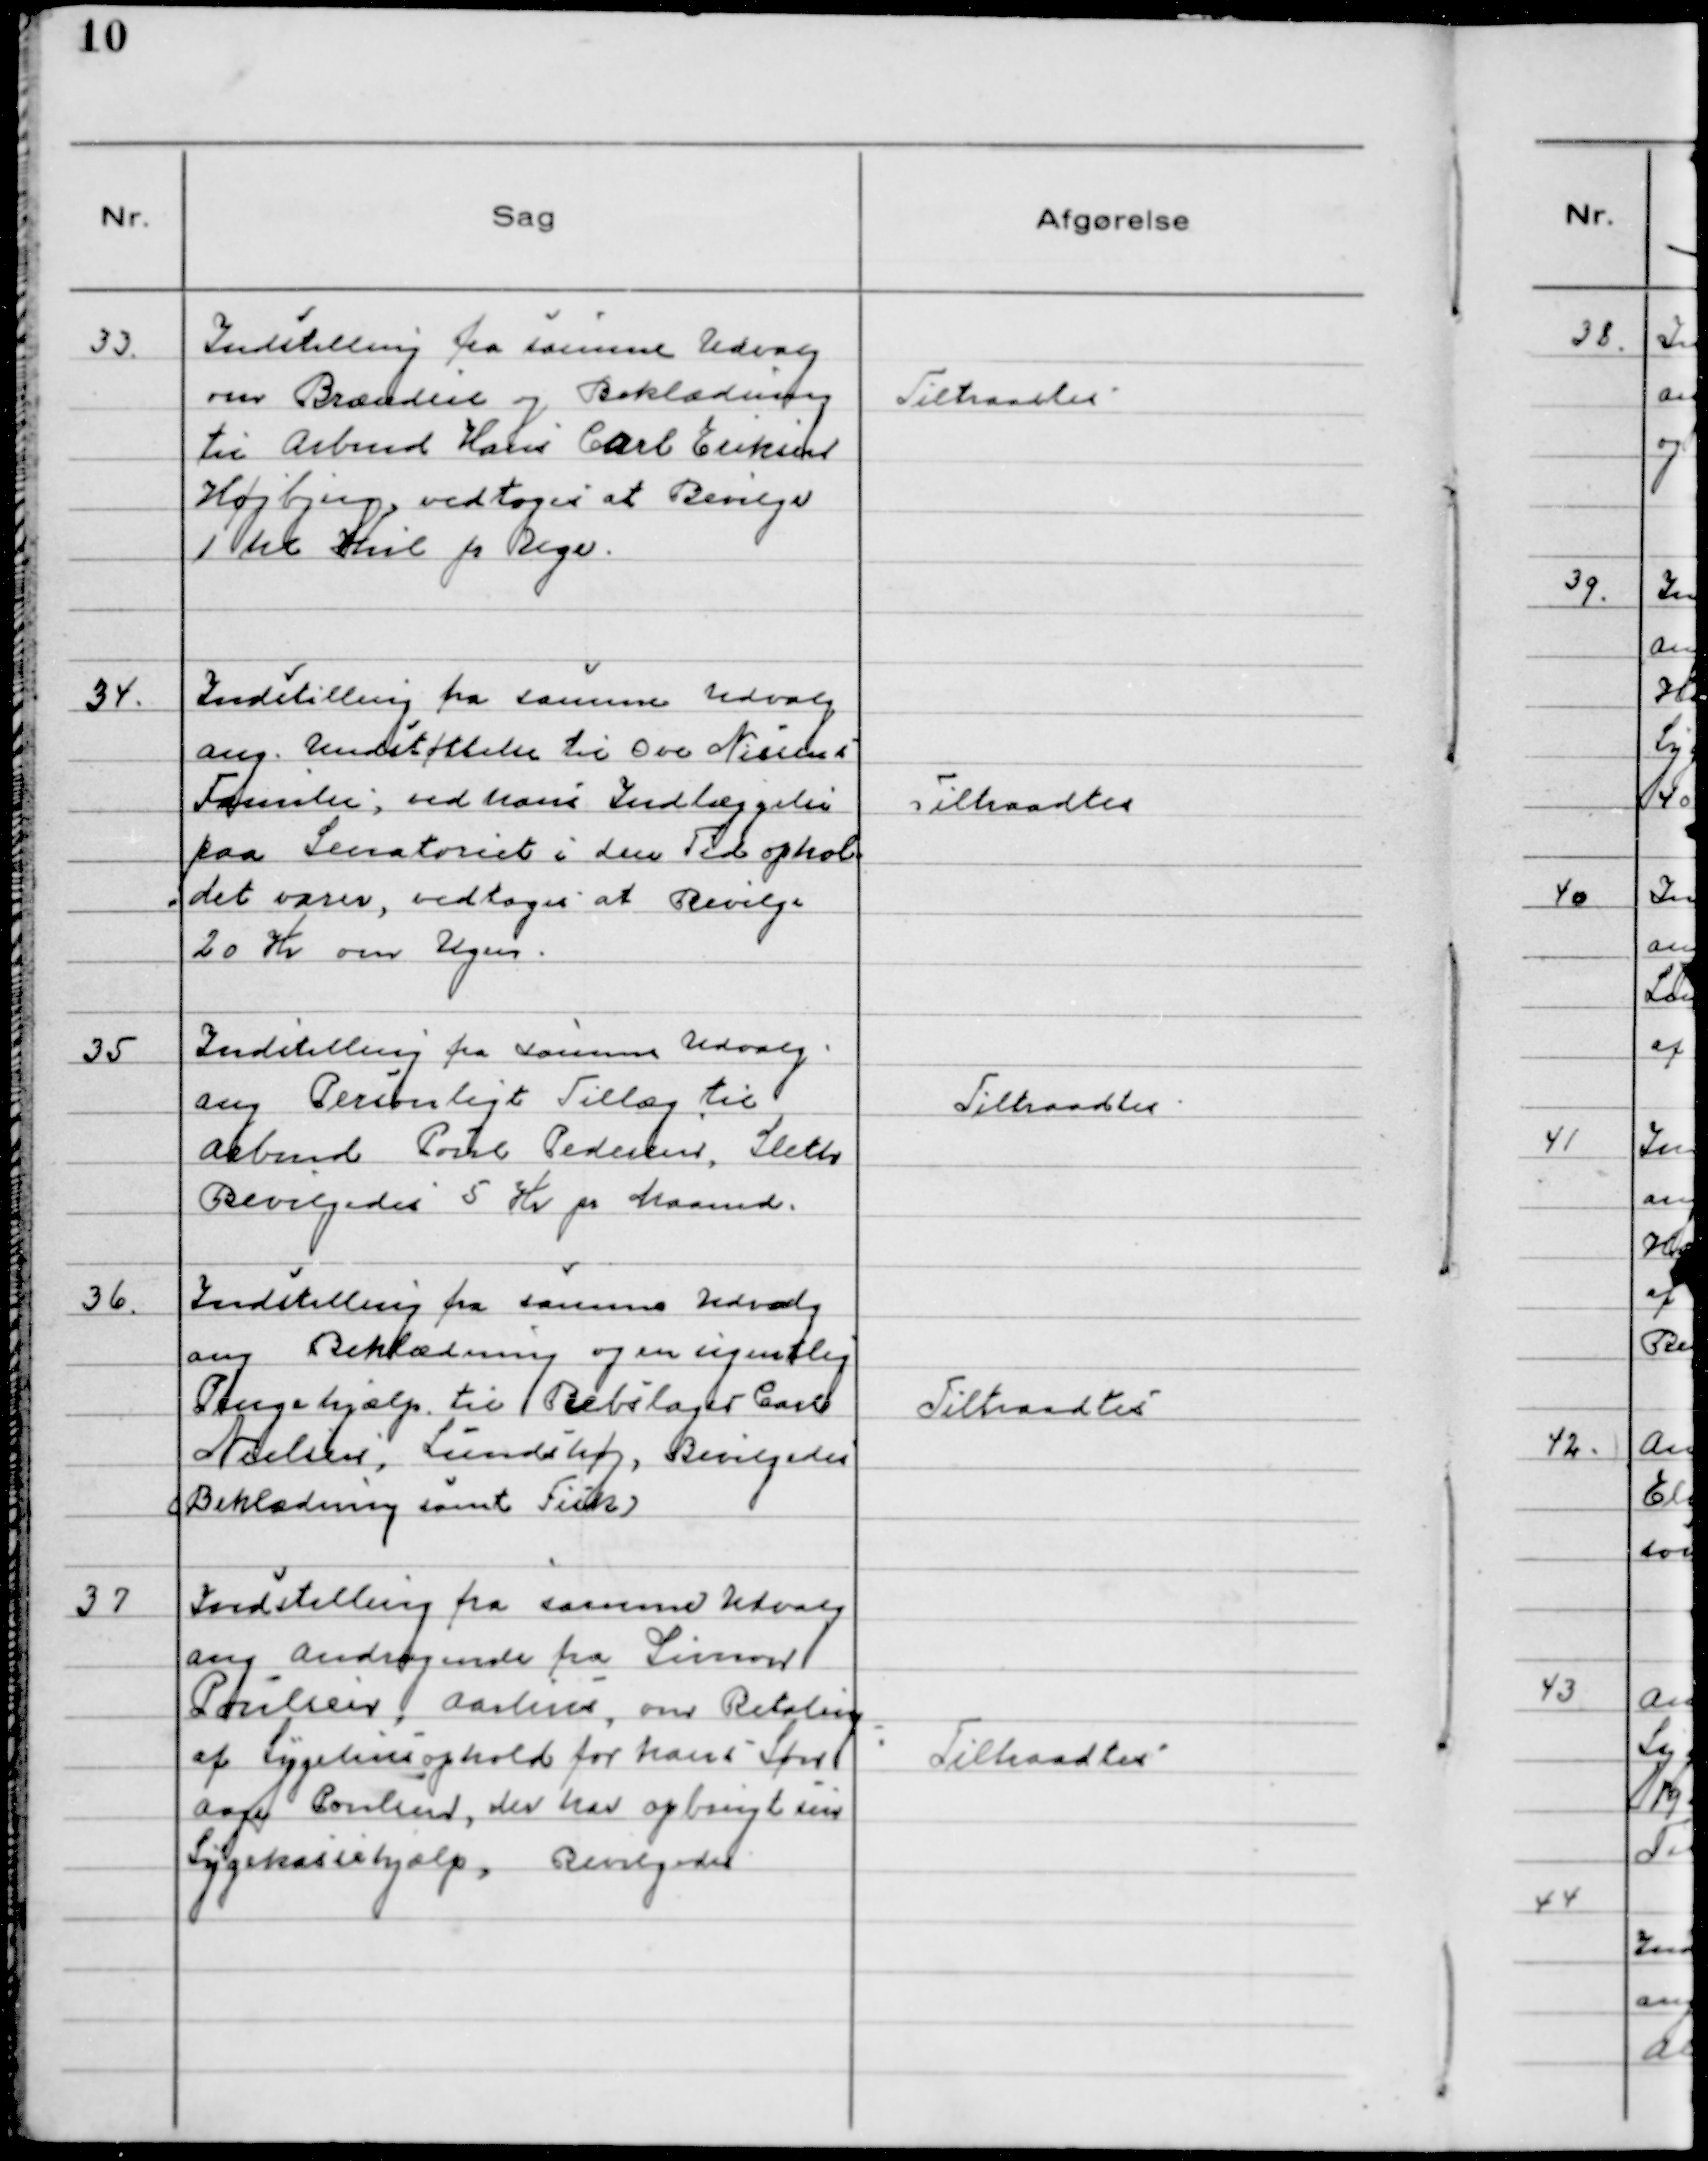
Transskription:
33. Indstilling fra samme Udvalg
om Brændsel og Beklædning
til Arbmd Hans Carl Eriksen
Højbjerg, vedtoges at Bevilge 
1 hl Kul pr Uge.

Tiltraadtes

34. Indstilling fra samme Udvalg
ang. Understøttelse til Ove Nielsens
Familie, ved hans Indlæggelse
paa Sanatoriet i den Tid ophol-
det varer, vedtoges at Bevilge
20 Kr om Ugen.

Tiltraadtes

35 Indstilling fra samme Udvalg
ang Personligt Tillæg til
Arbmd Poul Pedersen, Sleth
Bevilgedes 5 Kr pr Maaned.

Tiltraadtes

36. Indstilling fra samme Udvalg
ang Beklædning og en ugentlig
Pengehjælp til Rebslager Carl
Nielsen, Lundshøj, Bevilgedes
Beklædning samt Fisk

Tiltraadtes

37 Indstilling fra samme Udvalg
ang andragende fra Simon
Poulsen, Aarhus, om Betaling
af Sygehusophold for hans Søn
Aage Poulsen, der har opbrugt sin
Sygekassehjælp, Bevilgedes

Tiltraadtes